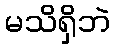
မသိရှိဘဲ